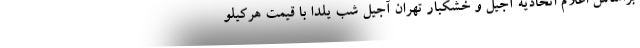
براساس اعلام اتحادیه آجیل و خشکبار تهران آجیل شب یلدا با قیمت هرکیلو